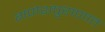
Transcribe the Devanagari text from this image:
गणेशपुराणात